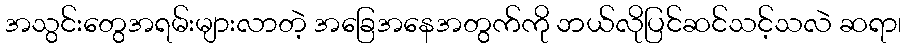
အသွင်းတွေအရမ်းများလာတဲ့ အခြေအနေအတွက်ကို ဘယ်လိုပြင်ဆင်သင့်သလဲ ဆရာ၊